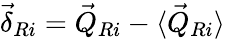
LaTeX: \vec{\delta}_{Ri}=\vec{Q}_{Ri}-\langle\vec{Q}_{Ri}\rangle